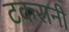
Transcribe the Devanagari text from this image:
टकरानी